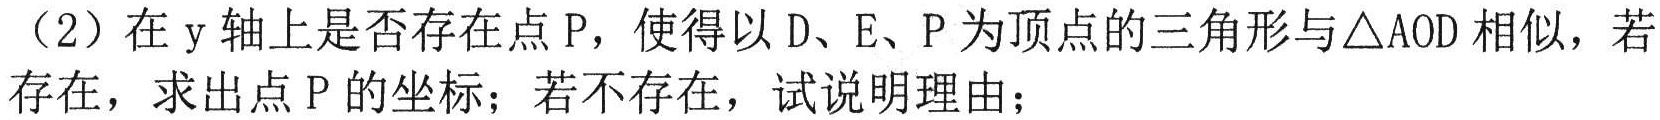
（2）在\(y\)轴上是否存在点\(P\)，使得以\(D\)、\(E\)、\(P\)为顶点的三角形与\(\triangle AOD\)相似，若存在，求出点\(P\)的坐标；若不存在，试说明理由；